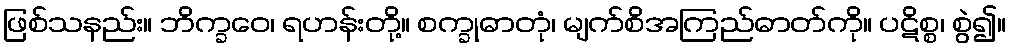
ဖြစ်သနည်း။ ဘိက္ခဝေ၊ ရဟန်းတို့။ စက္ခုဓာတုံ၊ မျက်စိအကြည်ဓာတ်ကို။ ပဋိစ္စ၊ စွဲ၍။